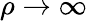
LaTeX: \rho\rightarrow\infty